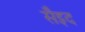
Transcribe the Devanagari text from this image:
सैइद